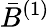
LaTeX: \bar{B}^{(1)}